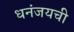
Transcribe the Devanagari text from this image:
धनंजयची